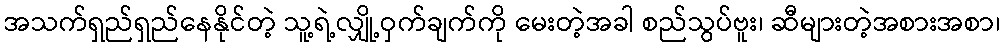
အသက်ရှည်ရှည်နေနိုင်တဲ့ သူ့ရဲ့လျှို့ဝှက်ချက်ကို မေးတဲ့အခါ စည်သွပ်ဗူး၊ ဆီများတဲ့အစားအစာ၊